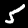
Digit: 5